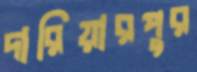
দারিয়ারপুর